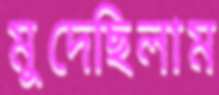
মুদেছিলাম